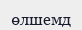
өлшемд